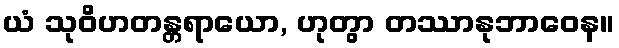
ယံ သုဝိဟတန္တရာယော, ဟုတွာ တဿာနုဘာဝေန။